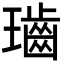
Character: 𤪷